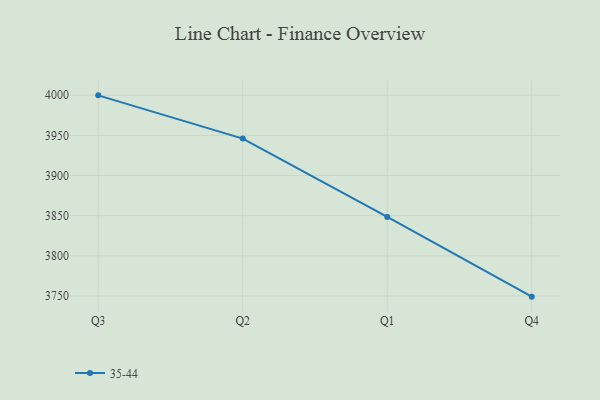
{"axis": {"x": "Quarter", "y": "Active Users"}, "legend": ["35-44"], "data": [{"x": "Q3", "y": 3999.8, "type": "35-44"}, {"x": "Q2", "y": 3946.0, "type": "35-44"}, {"x": "Q1", "y": 3848.4, "type": "35-44"}, {"x": "Q4", "y": 3749.2, "type": "35-44"}]}